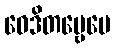
ဝေဒိတဗ္ဗေပေ